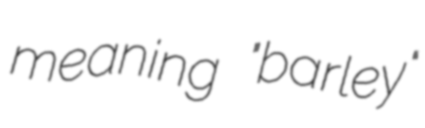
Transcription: meaning "barley"